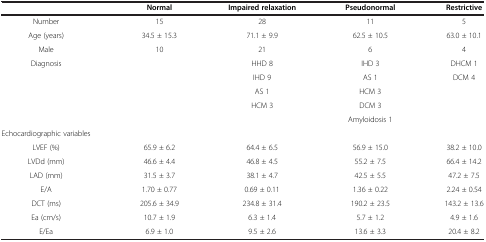
|  | Normal | Impaired relaxation | Pseudonormal | Restrictive |
 | --- | --- | --- | --- | --- |
 | Number | 15 | 28 | 11 | 5 |
 | Age (years) | 34.5 ± 15.3 | 71.1 ± 9.9 | 62.5 ± 10.5 | 63.0 ± 10.1 |
 | Male | 10 | 21 | 6 | 4 |
 | Diagnosis |  | HHD 8 | IHD 3 | DHCM 1 |
 |  |  | IHD 9 | AS 1 | DCM 4 |
 |  |  | AS 1 | HCM 3 |  |
 |  |  | HCM 3 | DCM 3 |  |
 |  |  |  | Amyloidosis 1 |  |
 | Echocardiographic variables |  |  |  |  |
 | LVEF (%) | 65.9 ± 6.2 | 64.4 ± 6.5 | 56.9 ± 15.0 | 38.2 ± 10.0 |
 | LVDd (mm) | 46.6 ± 4.4 | 46.8 ± 4.5 | 55.2 ± 7.5 | 66.4 ± 14.2 |
 | LAD (mm) | 31.5 ± 3.7 | 38.1 ± 4.7 | 42.5 ± 5.5 | 47.2 ± 7.5 |
 | E/A | 1.70 ± 0.77 | 0.69 ± 0.11 | 1.36 ± 0.22 | 2.24 ± 0.54 |
 | DCT (ms) | 205.6 ± 34.9 | 234.8 ± 31.4 | 190.2 ± 23.5 | 143.2 ± 13.6 |
 | Ea (cm/s) | 10.7 ± 1.9 | 6.3 ± 1.4 | 5.7 ± 1.2 | 4.9 ± 1.6 |
 | E/Ea | 6.9 ± 1.0 | 9.5 ± 2.6 | 13.6 ± 3.3 | 20.4 ± 8.2 |